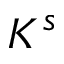
K ^ { s }